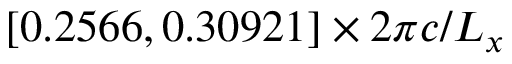
[ 0 . 2 5 6 6 , 0 . 3 0 9 2 1 ] \times 2 \pi c / L _ { x }